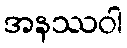
အနဿဝါ